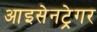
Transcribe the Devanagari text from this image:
आइसेनट्रेगर